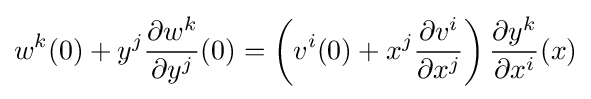
w^{k}(0)+y^{j}{\frac {\partial w^{k}}{\partial y^{j}}}(0)=\left(v^{i}(0)+x^{j}{\frac {\partial v^{i}}{\partial x^{j}}}\right){\frac {\partial y^{k}}{\partial x^{i}}}(x)